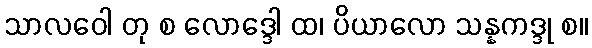
သာလဝေါ တု စ လောဒ္ဒေါ ထ၊ ပိယာလော သန္နကဒ္ဒု စ။